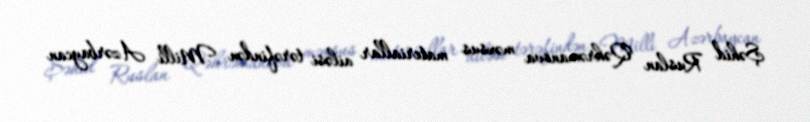
Şəhid Ruslan Qəhrəmanova məxsus materiallar ailəsi tərəfindən Milli Azərbaycan